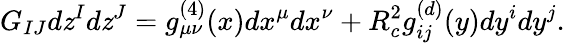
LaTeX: G_{IJ}d\mathit{z}^{I}d\mathit{z}^{J}=g_{\mu\nu}^{(4)}(x)dx^{\mu}dx^{\nu}+R_{c}^{2}g_{ij}^{(d)}(y)dy^{i}dy^{j}.